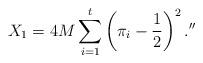
LaTeX: \begin{align*}X_1=4M\sum_{i=1}^t\left(\pi_i-\frac{1}{2}\right)^2.'' \end{align*}